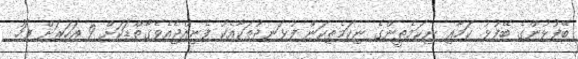
ބޭފުޅުންގެ ބޭފުޅު ކަމާއި ނިކަމެތީންގެ ނިކަމެތިކަން ފުޅަނދުތަކާއެކު ފެނިއްޖެއެވެގާތްޑަކަށް 9 އަހަރަށް ފަހު